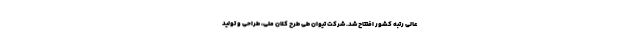
عالی رتبه کشور افتتاح شد. شرکت تیوان طی طرح کلان ملی، طراحی و تولید